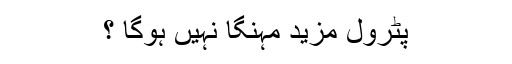
پٹرول مزید مہنگا نہیں ہوگا ؟